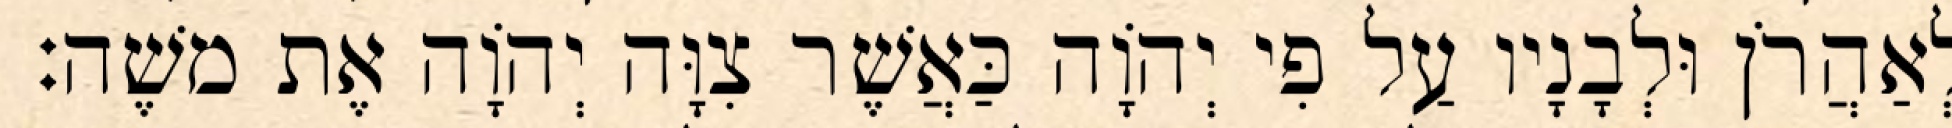
לְאַהֲרֹן וּלְבָנָיו עַל פִי יְהוָֹה כַּאֲשֶׁר צִוָּה יְהוָֹה אֶת משֶׁה׃